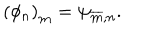
\left( \phi _ { n } \right) _ { \bf m } = \psi _ { { \overline { { { \bf m } } } } , n } .